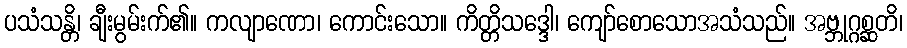
ပသံသန္တိ၊ ချီးမွမ်းက်၏။ ကလျာဏော၊ ကောင်းသော။ ကိတ္တိသဒ္ဒေါ၊ ကျော်စောသောအသံသည်။ အဗ္ဘုဂ္ဂစ္ဆတိ၊